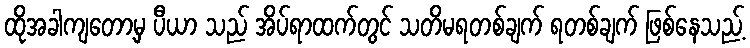
ထိုအခါကျတော့မှ ပီယာ သည် အိပ်ရာထက်တွင် သတိမရတစ်ချက် ရတစ်ချက် ဖြစ်နေသည့်